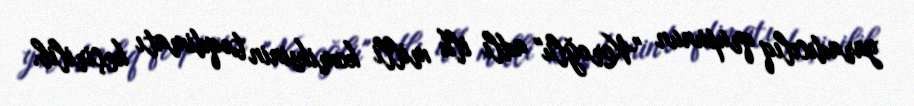
yaradıcılıq qrupunun "Koroğlu" adlı ilk milli komiksinin təqdimatı keçirilib.